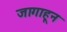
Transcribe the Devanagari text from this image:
जागाहून